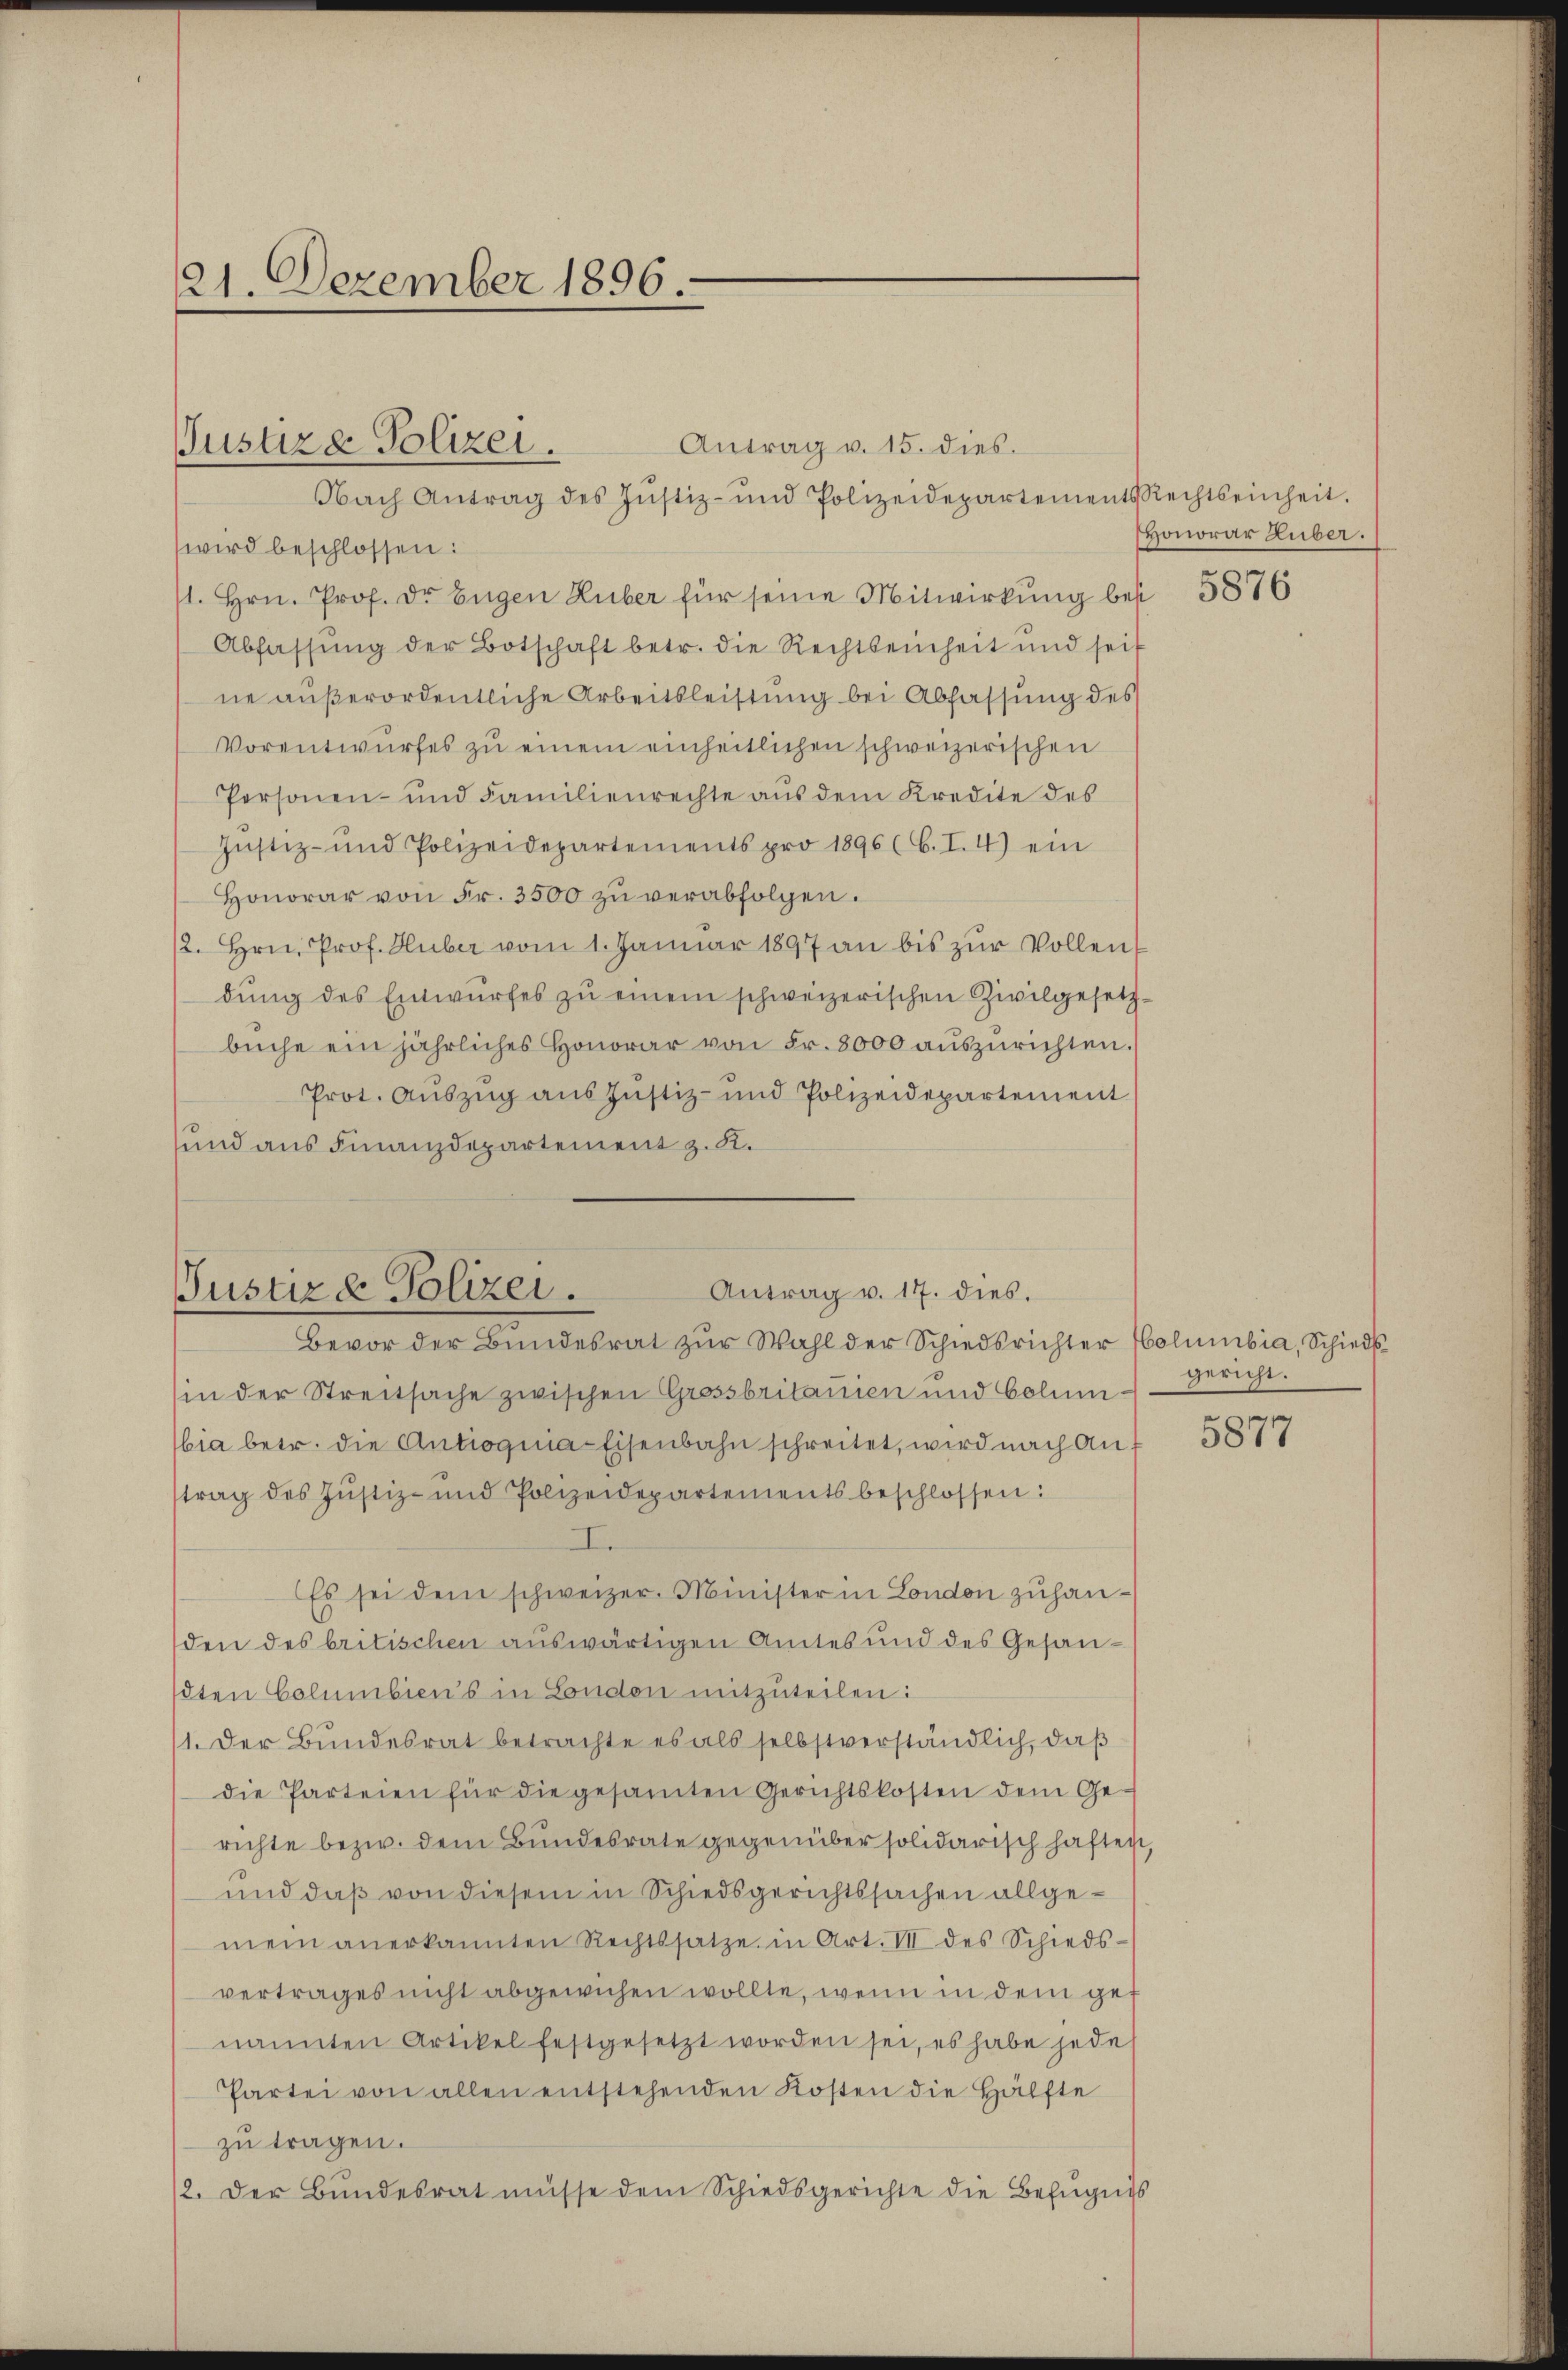
21. Dezember 1896

Justiz & Polizei.

Antrag v. 15. dies.
Nach Antrag des Jŭstiz- und Polizeidepartements Rechtseinheit.
wird beschlossen:
1. Hrn. Prof. Dr Eugen Huber für seine Mitwirkung bei
Abfassŭng der Botschaft betr. die Rechtseinheit und seit
ne außerordentliche Arbeitsleistung bei Abfassung des
Vorentwurfes zu einem einheitlichen schweizerischen
Personen- und Familienrechte aus dem Kredite des
Justiz- und Polizeidepartements pro 1896 (C. I. 4) ein
Honorar von Fr. 3500 zŭ verabfolgen.
2. Hrn. Prof. Huber vom 1. Januar 1897 an bis zur Vollen
dŭng des Entwŭrfes zŭ einem schweizerischen Zivilgesetzbüche ein jährliches Honorar von Fr. 8000 aŭszŭrichten.
Prot. Auszug aus Justiz- und Polizeidepartement
und aus Finanzdepartement z. K.

Antrag v. 17. dies.
Justiz & Polizei.

Bevor der Bundesrat zŭr Wahl der Schiedsrichter Columbia, Schieds-
(in der Streitsache zwischen Grossbritanien und Celui-
bia betr. die Antragina-Eisenbahn schreitet, wird nach Anttrag des Justiz- und Polizeidepartements beschlossen:
I
Es sei dem schweizer. Minister in London zuhanden des britischen auswärtigen Amtes und des Gesandten Columbiens in London mitzuteilen:
1. Der Bundesrat betrachte es als selbstverständlich, daß
die Parteien für die gesamten Gerichtskosten dem Gerichte bezw. dem Bundesrate gegenüber solidarisch haften,
und daß von diesem in Schiedsgerichtssachen allgemein anerkannten Rechtssatze in Art. III des Schieds-
vertrages nicht abgewichen wollte, wenn in dem get
nannten Artikel festgesetzt worden sei, es habe jede
Partei von allen entstehenden Kosten die Hälfte
zu tragen.
/2. Der Bŭndesrat müsse dem Schiedsgerichte die Befugnis

Honorar Huber.
5876

gericht.

5877